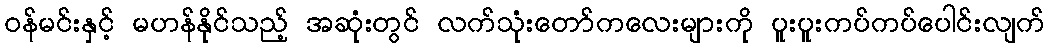
ဝန်မင်းနှင့် မဟန်နိုင်သည့် အဆုံးတွင် လက်သုံးတော်ကလေးများကို ပူးပူးကပ်ကပ်ပေါင်းလျက်